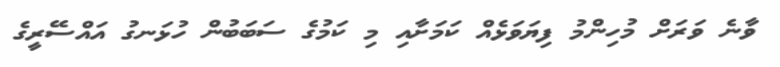
ވާނެ ވަރަށް މުހިންމު ފިޔަވަޅެއް ކަމަށާއި މި ކަމުގެ ސަބަބުން ހުޅަނގު އައްސޭރީގެ